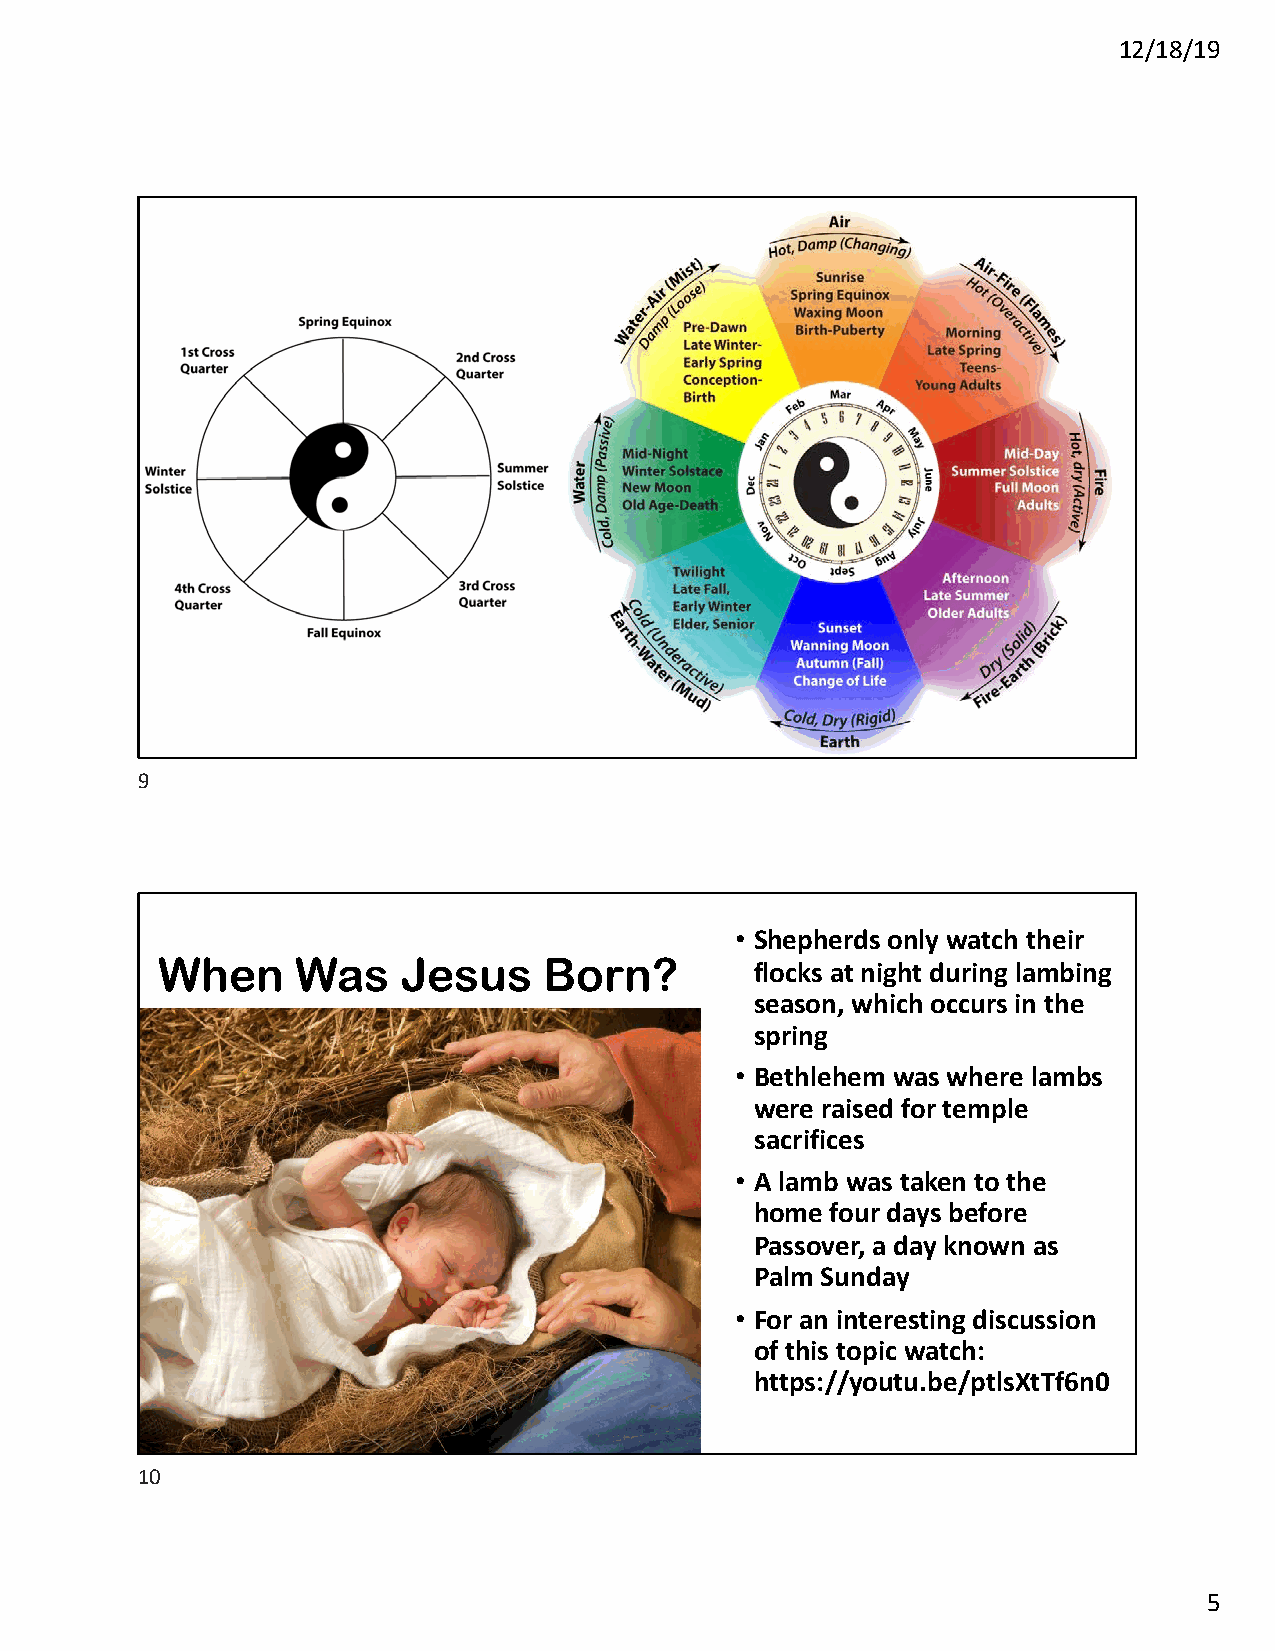
12/18/19
 9
 • Shepherds only watch their
 When      Was    Jesus    Born?         flocks at night during lambing
 season, which occurs in the
 spring
 • Bethlehem was where lambs
 were raised for temple
 sacrifices
 • A lamb was taken to the
 home four days before
 Passover, a day known as
 Palm Sunday
 • For an interesting discussion
 of this topic watch:
 https://youtu.be/ptlsXtTf6n0
 10
 5